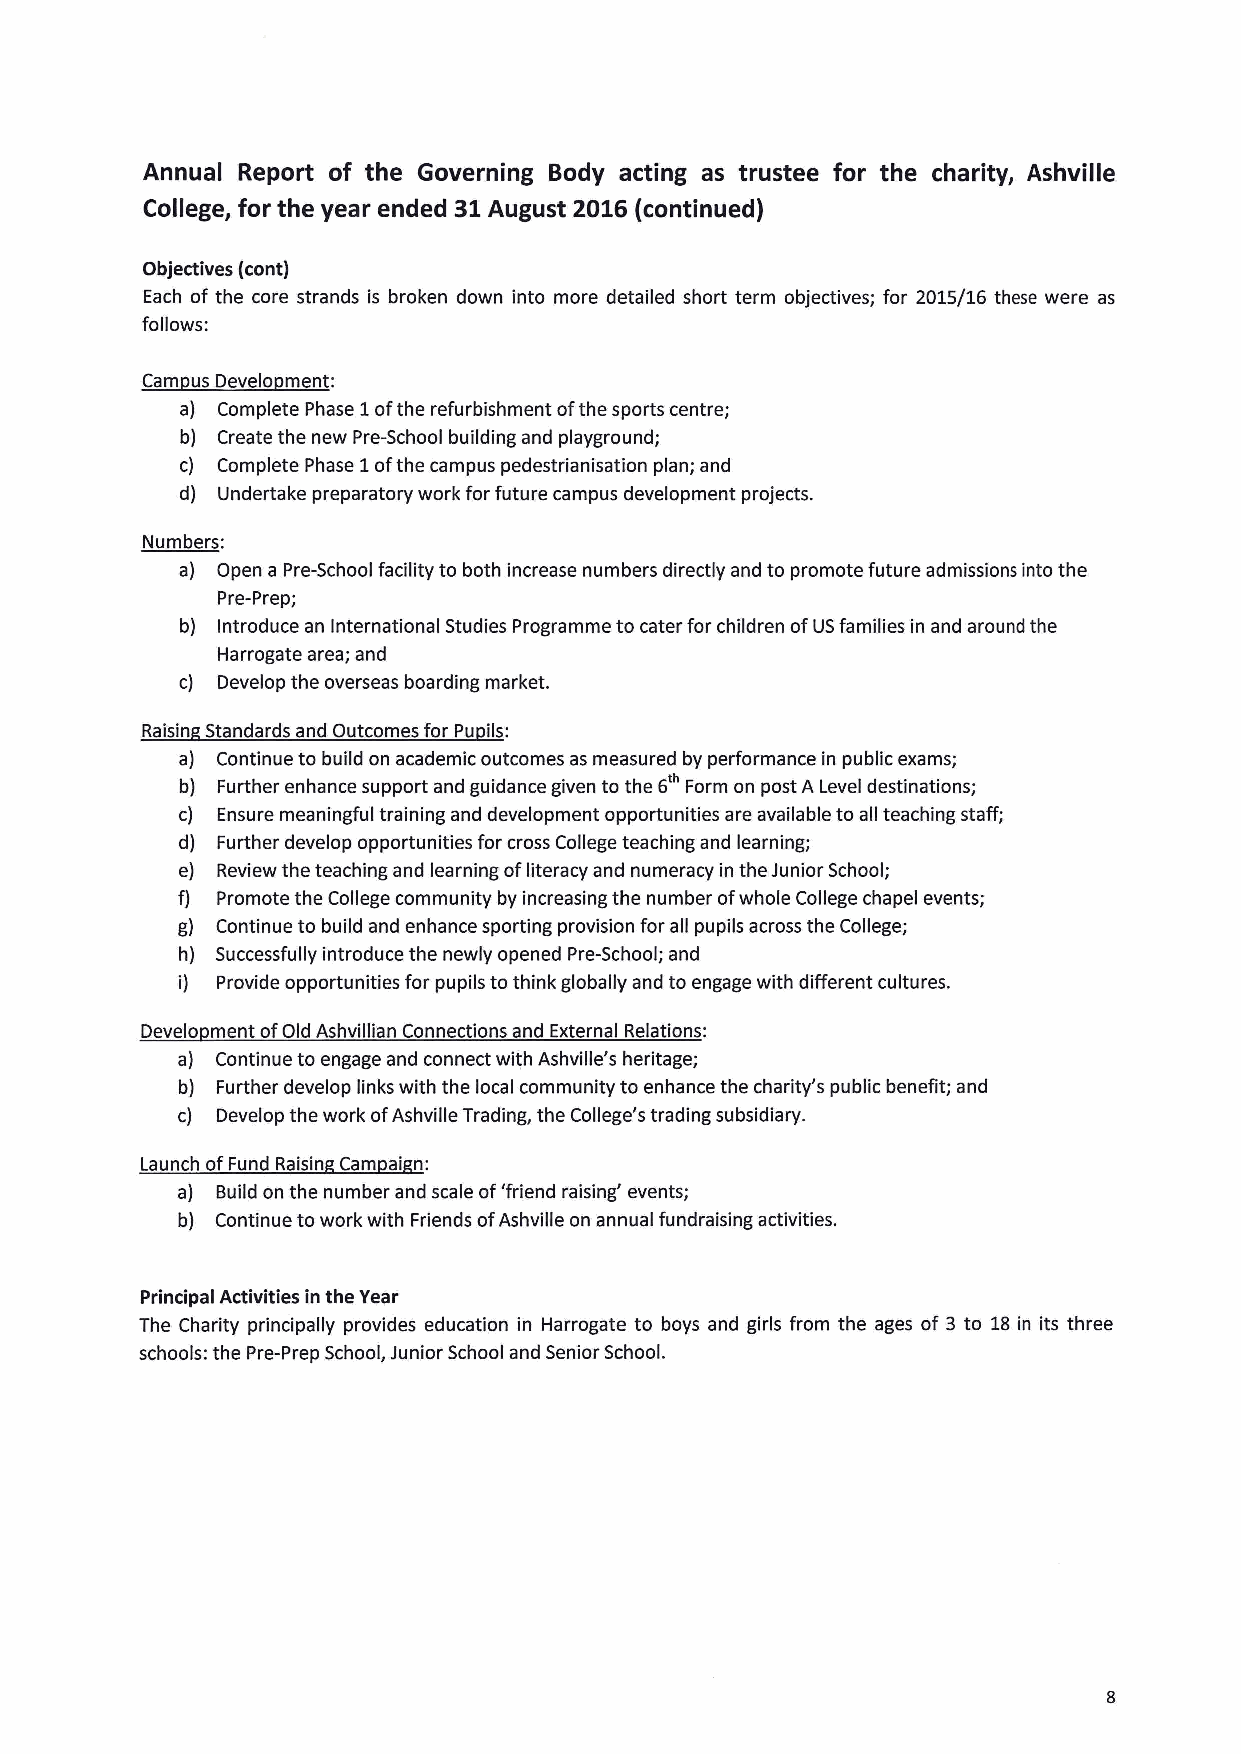
Annual Report of the Governing Body acting as trustee for the charity, Ashville
 College, for the year ended 31August 2016(continued)
 Objectives (cont)
 Each of the core strands is broken down into more detailed short term objectives; for 2015/16 these were as
 follows:
 Carn us Develo ment:
 a) Complete Phase 1ofthe refurbishment ofthe sports centre;
 b) Create the new Pre-School building and playground;
 c) Complete Phase 1ofthe campus pedestrianisation plan; and
 d) Undertake preparatory work forfuture campus development projects.
 Numbers:
 a) Open a Pre-School facility to both increase numbers directly and to promote future admissions into the
 Pre-Prep;
 b) Introduce an International Studies Programme to cater for children ofUSfamilies in and around the
 Harrogate area; and
 c) Develop the overseas boarding market.
 Raisin Standards and Outcomes for Pu ils:
 a) Continue to build on academic outcomes as measured by performance in public exams;
 b) Further enhance support and guidance given to the 6 Form on post A Level destinations;
 c) Ensure meaningful training and development opportunities are available to all teaching staff;
 d) Further develop opportunities for cross College teaching and learning;
 e) Review the teaching and learning ofliteracy and numeracy in the Junior School;
 f) Promote the College community by increasing the number ofwhole College chapel events;
 g) Continue to build and enhance sporting provision for all pupils across the College;
 h) Successfully introduce the newly opened Pre-School; and
 i) Provide opportunities for pupils to think globally and to engage with different cultures.
 Develo ment ofOld Ashvillian Connections and External Relations:
 a) Continue to engage and connect with Ashville's heritage;
 b) Further develop links with the local community to enhance the charity's public benefit; and
 c) Develop the work ofAshville Trading, the College's trading subsidiary.
 Launch ofFund Raisin Cam ai n:
 a) Build on the number and scale of'friend raising' events;
 b) Continue to work with Friends ofAshville on annual fundraising activities.
 Principal Activities in the Year
 The Charity principally provides education in Harrogate to boys and girls from the ages of 3 to 18in its three
 schools: the Pre-Prep School, Junior School and Senior School.